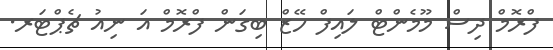
ފްރޮމް ދިސް މޫމެންޓް ލައިފް ހޭޒް ބިގަން ފްރޮމް އަ ނިއު ޗެޕްޓަރ.